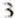
3